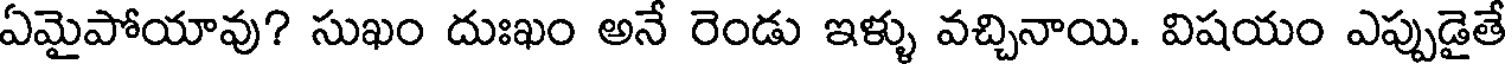
ఏమైపోయావు? సుఖం దుఃఖం అనే రెండు ఇళ్ళు వచ్చినాయి. విషయం ఎప్పుడైతే